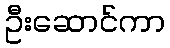
ဦးဆောင်ကာ